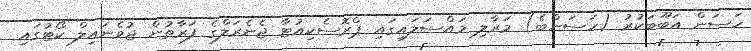
ހަސަން އަބޫބަކުރު (ހަސަންބެ) މަރާލި މައްސަލައިގައި ޕްރޮސެކިއުޓާ ޖެނެރަލްގެ ފަރާތުން ޖުވެނައިލް ކޯޓުގައި